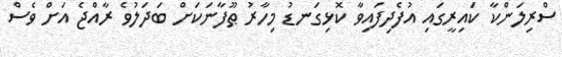
ސްރިލަންކާ ކައިރީގައި އުފެދިފައިވާ ކޮޅިގަނޑު މިހާރު ޠޫފާނަކަށް ބަދަލުވެ ރާއްޖެ އަށް ވެސް